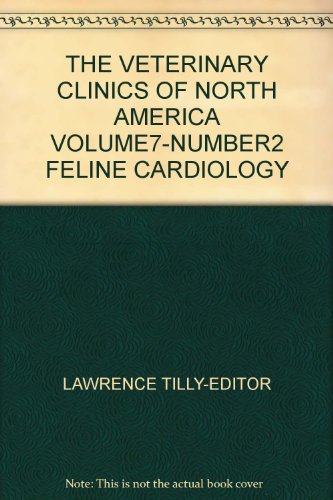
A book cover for THE VETERINARY CLINICS OF NORTH AMERICA VOLUME7-NUMBER2 FELINE CARDIOLOGY; Medical Books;